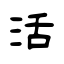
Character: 活